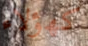
كهؤلاء